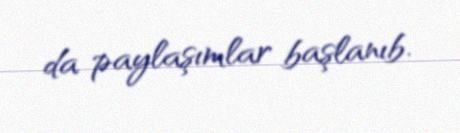
da paylaşımlar başlanıb.